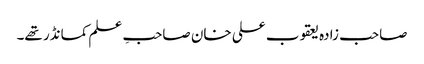
صاحب زادہ یعقوب علی خان صاحبِ علم کمانڈر تھے۔